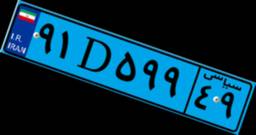
۹۱D۵۹۹۴۹